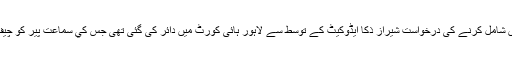
خواجہ سراؤں کو مردم شماری ميں شامل کرنے کی درخواست شيراز ذکا ايڈوکيٹ کے توسط سے لاہور ہائی کورٹ ميں دائر کی گئی تھی جس کي سماعت پیر کو چیف جسٹس منصور علی شاہ نے کی۔